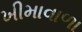
ખીમાવાળા